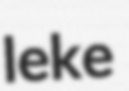
leke